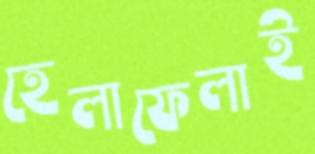
হেলাফেলাই